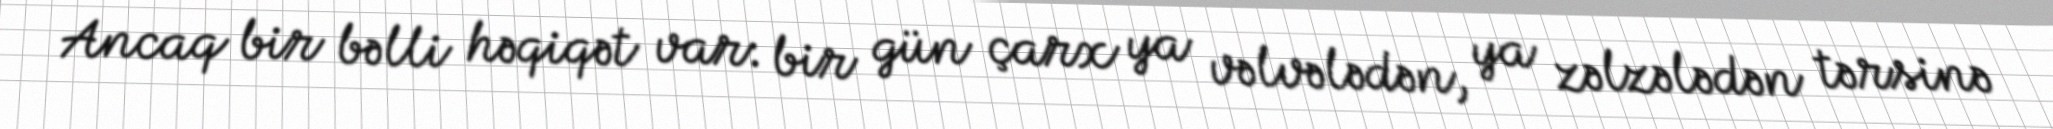
Ancaq bir bəlli həqiqət var: bir gün çarx ya vəlvələdən, ya zəlzələdən tərsinə